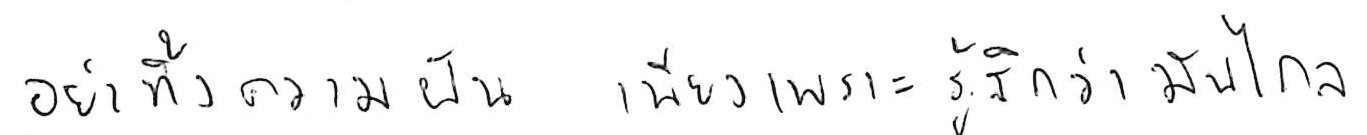
อย่าทิ้งความฝัน เพียงเพราะรู้สึกว่ามันไกล